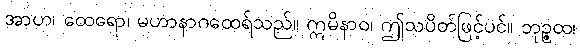
အာဟ၊ ထေရော၊ မဟာနာဂထေရ်သည်။ ဣမိနာဝ၊ ဤသပိတ်ဖြင့်ပင်။ ဘုဉ္ဇထ၊